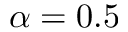
\alpha = 0 . 5